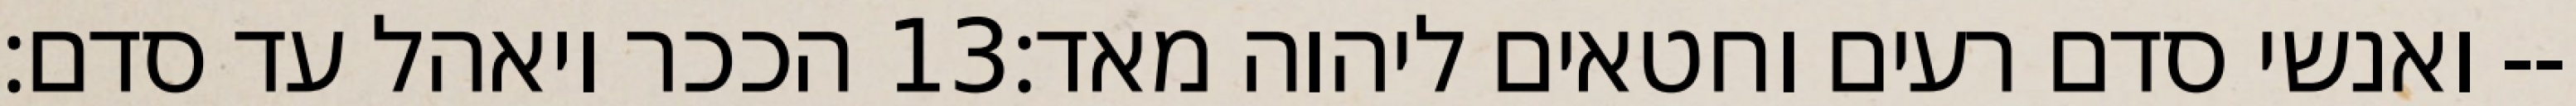
הככר ויאהל עד סדם׃ ‎13‏ ואנשי סדם רעים וחטאים ליהוה מאד׃--